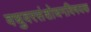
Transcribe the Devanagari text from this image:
वधुवरसंशोधनविषयक